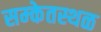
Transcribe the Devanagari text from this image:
सम्केतस्थळ